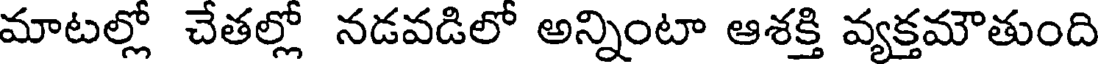
మాటల్లో చేతల్లో నడవడిలో అన్నింటా ఆశక్తి వ్యక్తమౌతుంది